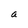
Character: a